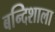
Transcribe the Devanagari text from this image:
बन्दिशाला